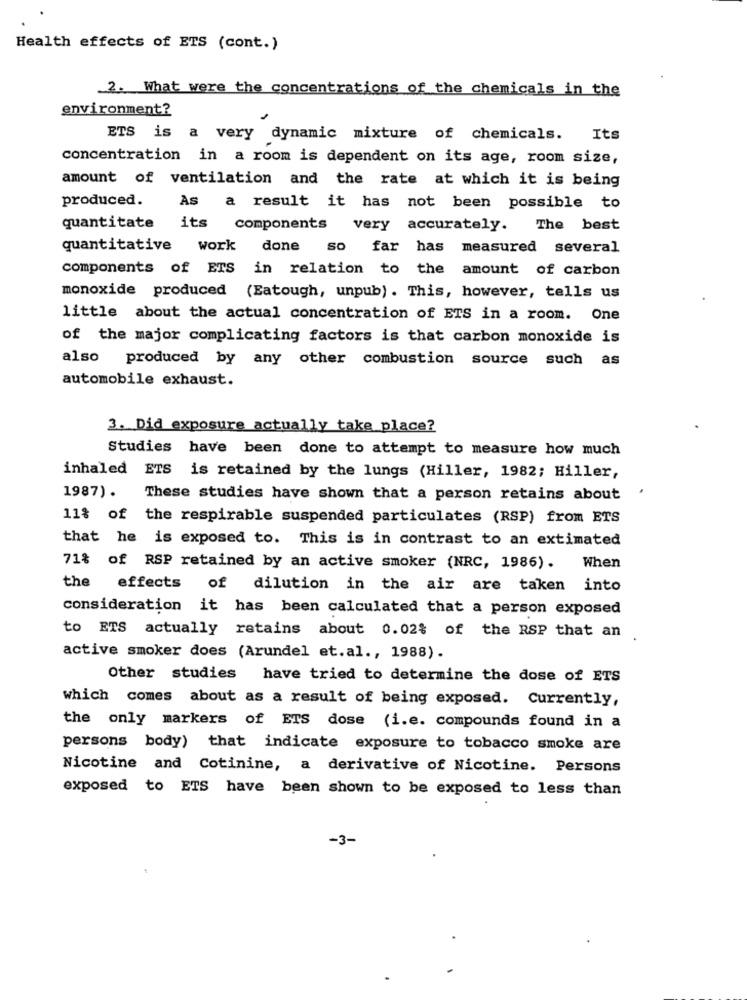
Health effects of ETS (cont.)
2. What were the concentrations of the chemicals in the
environment?
ETS is a very dynamic mixture of chemicals. Its
concentration in a room is dependent on its age, room size,
amount of ventilation and the rate at which it is being
produced.
As a result it has not been possible to
quantitate its components very accurately. The best
quantitative work done so far has
measured several
components of ETS in relation to the amount of carbon
monoxide produced (Eatough, unpub). This, however, tells us
little about the actual concentration of ETS in a room. One
of the major complicating factors is that carbon monoxide is
also produced by any other combustion source such as
automobile exhaust.
3. Did exposure actually take place?
Studies have been done to attempt to measure how much
inhaled ETS is retained by the lungs (Hiller, 1982; Hiller,
1987).
These studies have shown that a person retains about
11% of the respirable suspended particulates (RSP) from ETS
that he is exposed to. This is in contrast to an extimated
71% of RSP retained by an active smoker (NRC, 1986). When
the
effects of dilution in the air are taken into
consideration it has been calculated that a person exposed
to ETS actually retains about 0.02% of the RSP that an
active smoker does (Arundel et.al ., 1988).
Other studies have tried to determine the dose of ETS
which comes about as a result of being exposed. Currently,
the only markers of ETS dose (i.e. compounds found in a
persons body) that indicate exposure to tobacco smoke are
Nicotine and Cotinine, a derivative of Nicotine. Persons
exposed to ETS have been shown to be exposed to less than
-3-